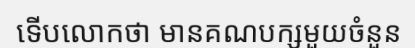
ទើបលោកថា មានគណបក្សមួយចំនួន